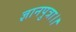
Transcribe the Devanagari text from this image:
ज्ञानपुत्रा।।